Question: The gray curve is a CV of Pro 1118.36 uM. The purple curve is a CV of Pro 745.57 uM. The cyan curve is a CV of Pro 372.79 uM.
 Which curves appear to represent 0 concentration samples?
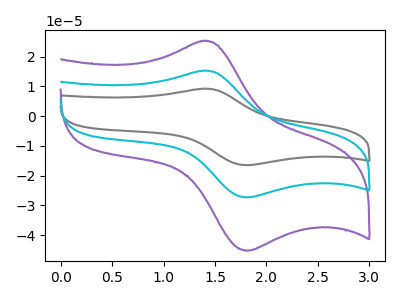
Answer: <think>The gray curve "Pro 1118.36 uM" has an anodic peak at (1.40V, 30.50uA) and a cathodic peak at (1.80V, -54.60uA). The purple curve "Pro 745.57 uM" has an anodic peak at (1.40V, 25.25uA) and a cathodic peak at (1.80V, -45.20uA). The cyan curve "Pro 372.79 uM" has an anodic peak at (1.40V, 15.25uA) and a cathodic peak at (1.80V, -27.30uA).</think>
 <answer>There are not any CV's on this graph that are likely to be blanks.</answer>
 <eval>none</eval>